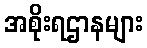
အစိုးရဌာနများ